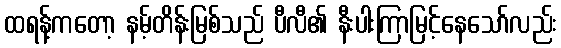
ထရန့်ကတော့ နမ့်တိန်းမြစ်သည် ပီလီ၏ နီးပါးကြာမြင့်နေသော်လည်း